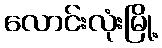
လောင်းလုံးမြို့